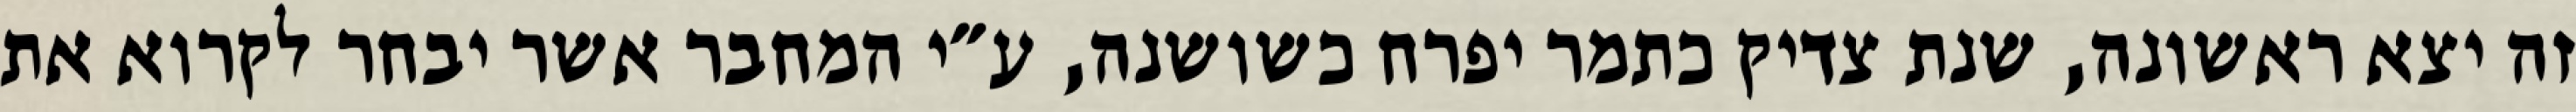
זה יצא ראשונה, שנת צדיק כתמר יפרח כשושנה, ע״י המחבר אשר יבחר לקרוא את